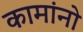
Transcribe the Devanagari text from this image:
कामांनो